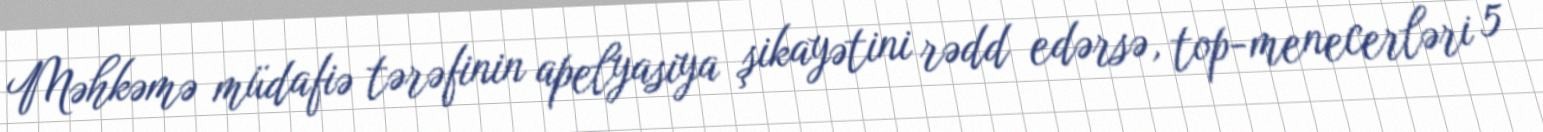
Məhkəmə müdafiə tərəfinin apelyasiya şikayətini rədd edərsə, top-menecerləri 5